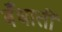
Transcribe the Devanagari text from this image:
बँधाती